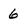
Character: 6